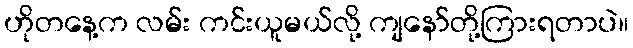
ဟိုတနေ့က လမ်း ကင်းယူမယ်လို့ ကျနော်တို့ကြားရတာပဲ။